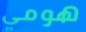
هومي